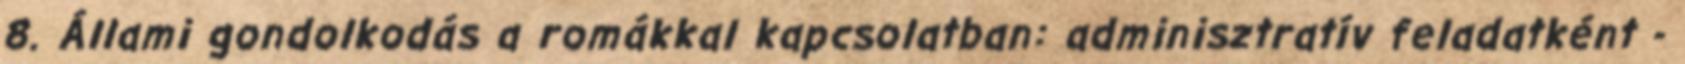
8. Állami gondolkodás a romákkal kapcsolatban: adminisztratív feladatként -